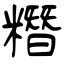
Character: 糣